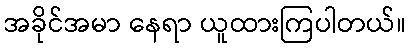
အခိုင်အမာ နေရာ ယူထားကြပါတယ်။